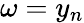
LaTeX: \omega=y_{n}